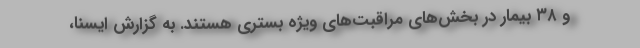
و ۳۸ بیمار در بخش‌های مراقبت‌های ویژه بستری هستند. به گزارش ایسنا،